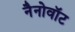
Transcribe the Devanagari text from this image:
नैनोवॉट